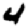
Digit: 4